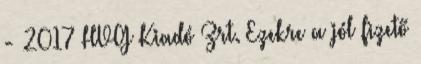
- 2017 HVG Kiadó Zrt. Ezekre a jól fizető